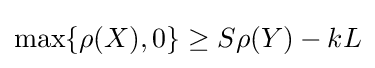
\max\{\rho (X),0\}\geq S\rho (Y)-kL